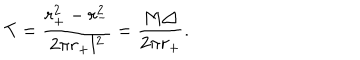
T = \frac { r _ { + } ^ { 2 } - r _ { - } ^ { 2 } } { 2 \pi r _ { + } l ^ { 2 } } = \frac { M \triangle } { 2 \pi r _ { + } } .